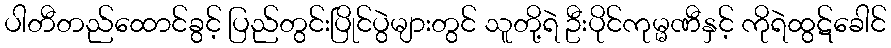
ပါတီတည်ထောင်ခွင့် ပြည်တွင်းပြိုင်ပွဲများတွင် သူတို့ရဲ ဦးပိုင်ကုမ္မဏီနှင့် ကိုရဲထွဋ်ခေါင်